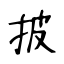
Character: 披